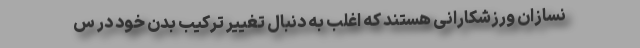
نسازان ورزشکارانی هستند که اغلب به دنبال تغییر ترکیب بدن خود در س